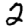
Digit: 2